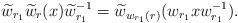
LaTeX: \begin{align*} \widetilde w_{r_1}\widetilde w_r(x)\widetilde w_{r_1}^{-1}=\widetilde w_{w_{r_1}(r)}(w_{r_1}xw_{r_1}^{-1}).\end{align*}